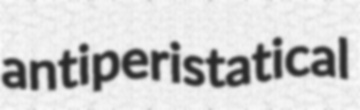
antiperistatical